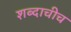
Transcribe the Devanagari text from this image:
शब्दाचीच